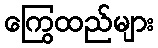
ကြွေထည်များ